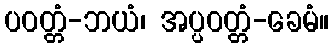
ပဝတ္တံ-ဘယံ၊ အပ္ပဝတ္တံ-ခေမံ။